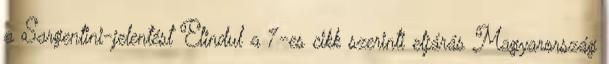
a Sargentini-jelentést Elindul a 7-es cikk szerinti eljárás Magyarország